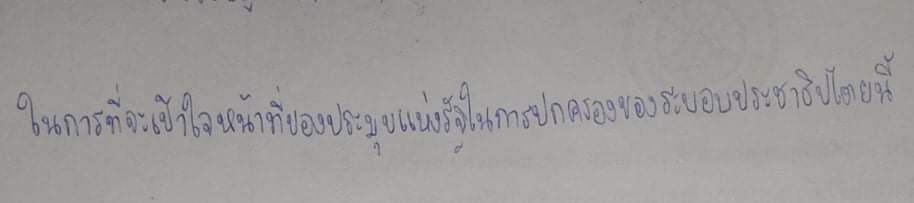
ในการที่จะเข้าใจหน้าที่ของประมุขแห่งรัฐในการปกครองของระบอบประชาธิปไตยนี้